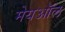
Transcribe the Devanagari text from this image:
मेयऑल